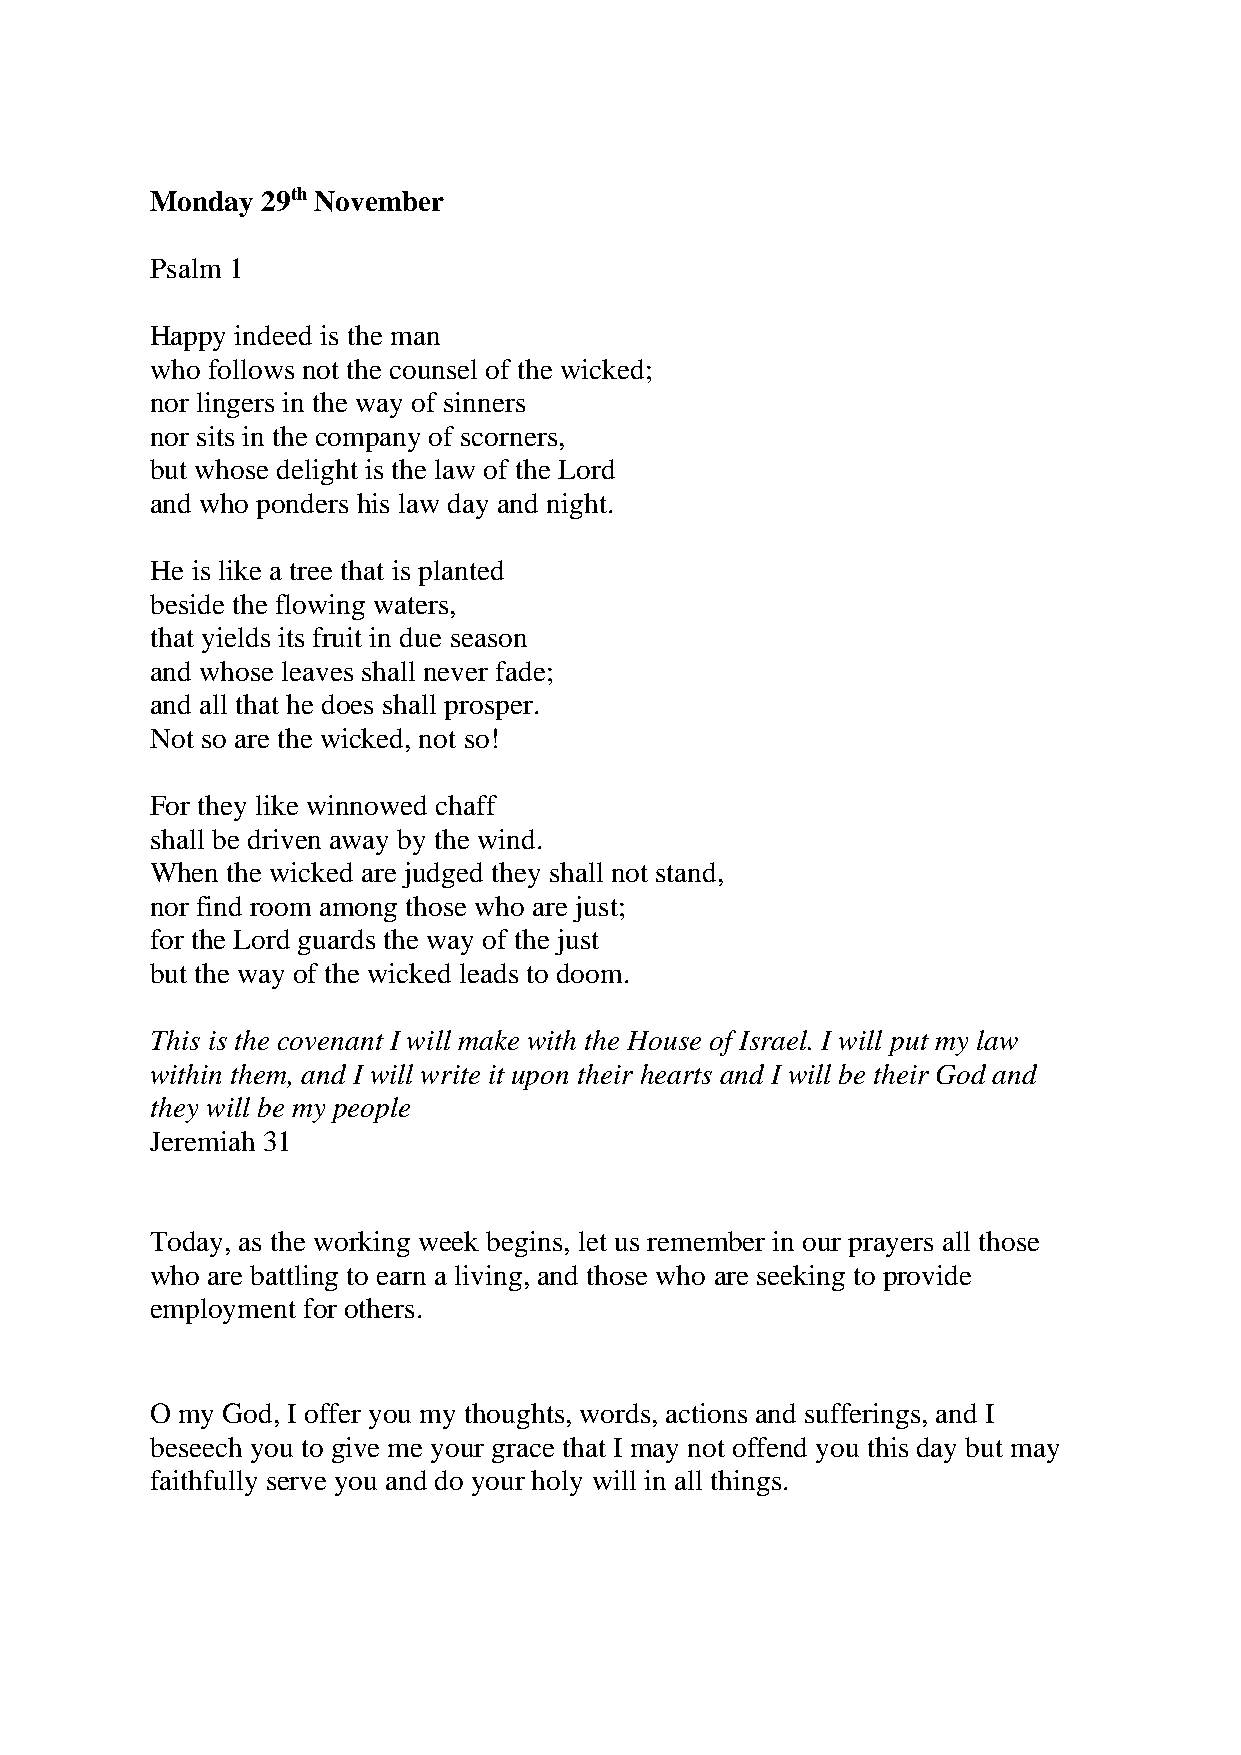
Monday 29th November
 Psalm 1
 Happy indeed is the man
 who follows not the counsel of the wicked;
 nor lingers in the way of sinners
 nor sits in the company of scorners,
 but whose delight is the law of the Lord
 and who ponders his law day and night.
 He is like a tree that is planted
 beside the flowing waters,
 that yields its fruit in due season
 and whose leaves shall never fade;
 and all that he does shall prosper.
 Not so are the wicked, not so!
 For they like winnowed chaff
 shall be driven away by the wind.
 When the wicked are judged they shall not stand,
 nor find room among those who are just;
 for the Lord guards the way of the just
 but the way of the wicked leads to doom.
 This is the covenant I will make with the House of Israel. I will put my law
 within them, and I will write it upon their hearts and I will be their God and
 they will be my people
 Jeremiah 31
 Today, as the working week begins, let us remember in our prayers all those
 who are battling to earn a living, and those who are seeking to provide
 employment for others.
 O my God, I offer you my thoughts, words, actions and sufferings, and I
 beseech you to give me your grace that I may not offend you this day but may
 faithfully serve you and do your holy will in all things.